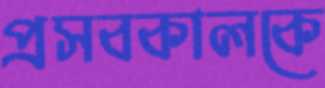
প্রসবকালকে